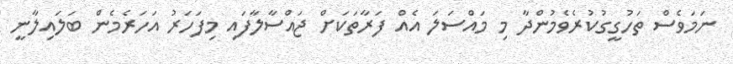
ނަމަވެސް ތަހުގީގުކުރެވެމުންދާ މި މައްސަލަ އެއް ފަރާތަކަށް ޖައްސާލާފައި މިފަހަރު އަހަރެމެން ބަލައިލާނީ